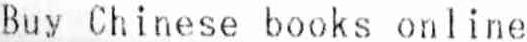
BUY CHINESE BOOKS ONLINE